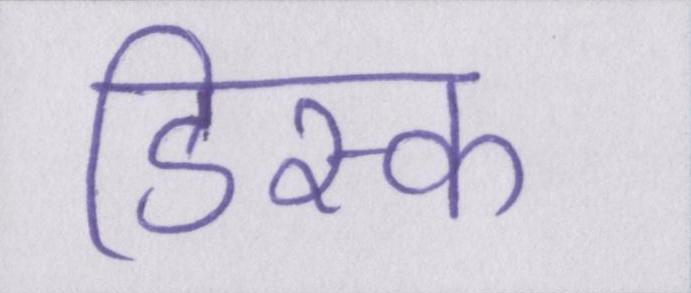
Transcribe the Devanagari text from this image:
डिस्क